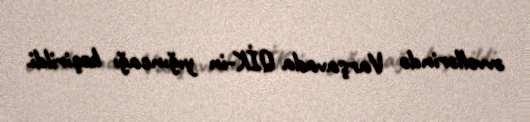
əvvəllərində Varşavada QİK-in yığıncağı keçirildi.